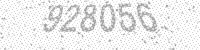
Solution: 928056